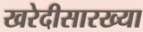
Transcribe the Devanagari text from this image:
खरेदीसारख्या